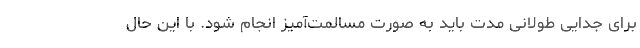
برای جدایی طولانی مدت باید به صورت مسالمت‌آمیز انجام شود. با این حال